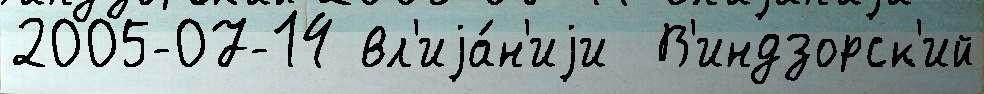
2005-07-14 вл'иjа́н'иjи  В'индзорск'ий